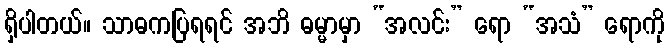
ရှိပါတယ်။ သာဓကပြရရင် အဘိ ဓမ္မာမှာ “အလင်း” ရော “အသံ” ရောကို